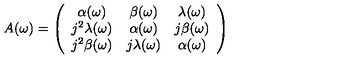
A ( \omega ) = \left( \begin{array} { c c c } { \alpha ( \omega ) } & { \beta ( \omega ) } & { \lambda ( \omega ) } \\ { j ^ { 2 } \lambda ( \omega ) } & { \alpha ( \omega ) } & { j \beta ( \omega ) } \\ { j ^ { 2 } \beta ( \omega ) } & { j \lambda ( \omega ) } & { \alpha ( \omega ) } \\ \end{array} \right)